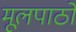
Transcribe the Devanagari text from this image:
मूलपाठों